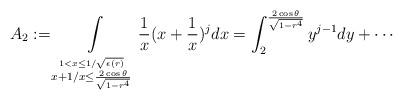
LaTeX: \begin{align*} A_2:=\int\limits_{\stackrel{1 < x\leq 1/\sqrt{\epsilon(r)}}{x+1/x\leq \frac{2\cos\theta}{\sqrt{1-r^4}}}}\frac 1x(x+\frac 1x)^j dx =\int_2^{\frac{2\cos\theta}{\sqrt{1-r^4}}} y^{j-1} dy+\cdots \end{align*}